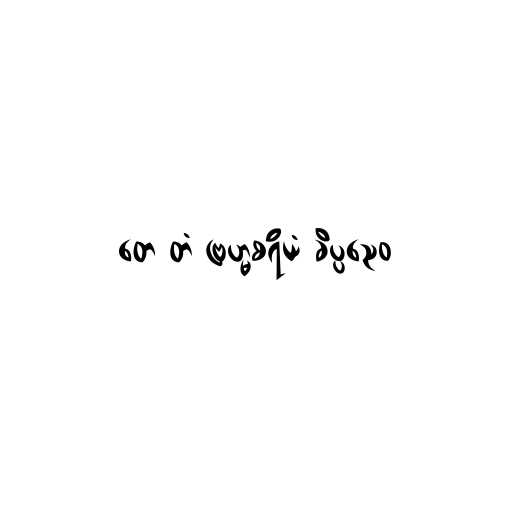
တေ တံ ဗြဟ္မစရိယံ ခိပ္ပညေဝ